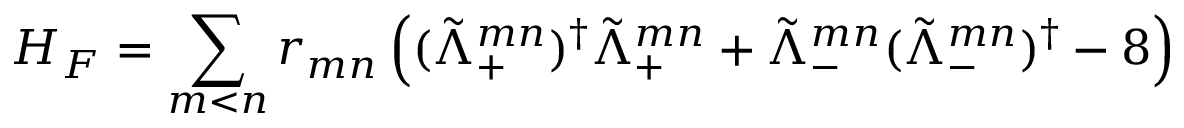
H _ { F } = \sum _ { m < n } r _ { m n } \left( ( \tilde { \Lambda } _ { + } ^ { m n } ) ^ { \dagger } \tilde { \Lambda } _ { + } ^ { m n } + \tilde { \Lambda } _ { - } ^ { m n } ( \tilde { \Lambda } _ { - } ^ { m n } ) ^ { \dagger } - 8 \right)